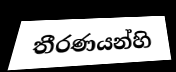
තීරණයන්හි